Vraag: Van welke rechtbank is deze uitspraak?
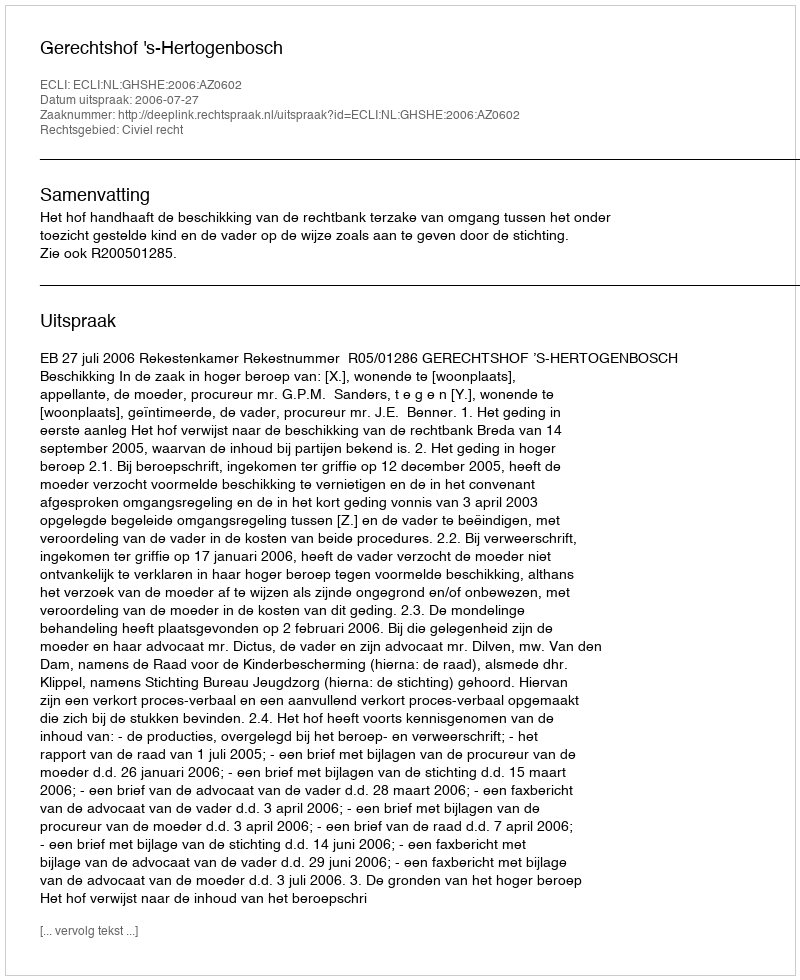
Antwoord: Gerechtshof 's-Hertogenbosch